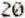
20